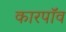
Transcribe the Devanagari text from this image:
कारपॉव